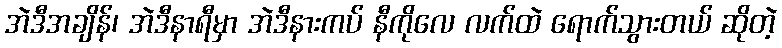
အဲဒီအချိန်၊ အဲဒီနာရီမှာ အဲဒီနားကပ် နီကိုလေ လက်ထဲ ရောက်သွားတယ် ဆိုတဲ့